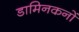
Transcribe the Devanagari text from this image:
डामिनकनों